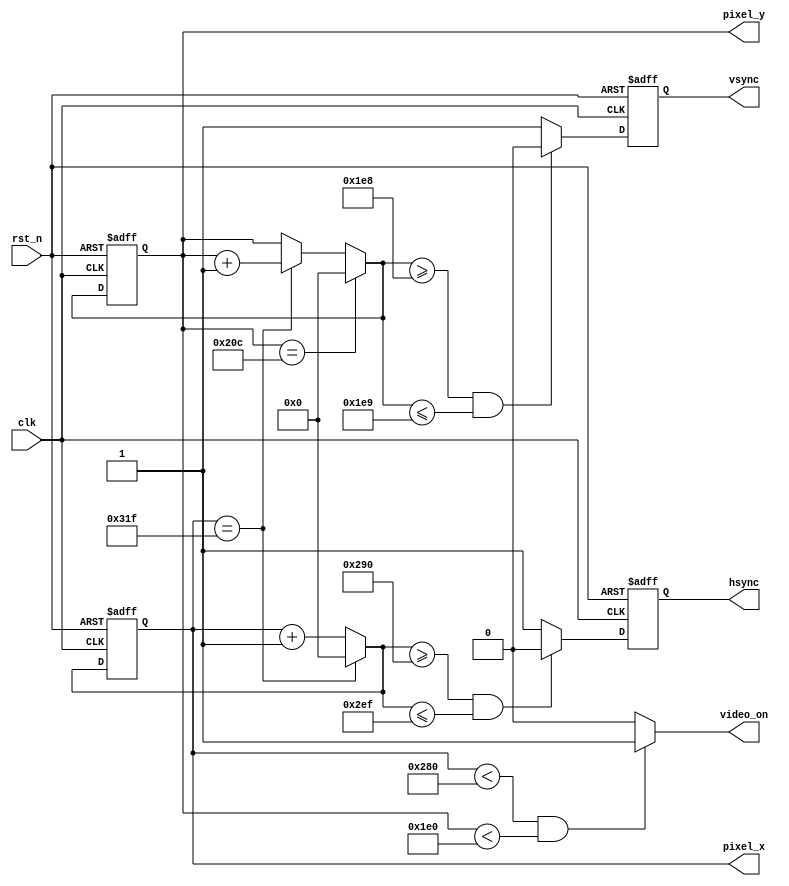
`timescale 1ns / 1ps
//////////////////////////////////////////////////////////////////////////////////
// Company: 
// Engineer: 
// 
// Design Name: 
// Module Name:    vga_core 
// Project Name: 
// Target Devices: 
// Tool versions: 
// Description: 
//
// Dependencies: 
//
// Revision: 
// Revision 0.01 - File Created
// Additional Comments: 
//
//////////////////////////////////////////////////////////////////////////////////
`timescale 1ns / 1ps

module vga_core(
	input clk,rst_n, //clock must be 25MHz for 640x480 
	output hsync,vsync,
	output reg video_on,
	output[11:0] pixel_x,pixel_y
    );		//650x480 parameters
	 localparam HD=640, //Horizontal Display
					HR=16, //Right Border
					HRet=96, //Horizontal Retrace
					HL=48, //Left Border
					
					VD=480, //Vertical Display
					VB=8, //Bottom Border
					VRet=2, //Vertical Retrace
					VT=35; //Top Border
	reg[11:0] vctr_q=0,vctr_d; //counter for vertical scan..........vctr_q seta od 0 do 537
	reg[11:0] hctr_q=0,hctr_d; //counter for vertical scan
	reg hsync_q=0,hsync_d;
	reg vsync_q=0,vsync_d;
	//vctr and hctr register operation
	always @(posedge clk,negedge rst_n) begin
		if(!rst_n) begin
			vctr_q<=0;
			hctr_q<=0;
			vsync_q<=0;
			hsync_q<=0;
		end
		else begin
			vctr_q<=vctr_d;
			hctr_q<=hctr_d;
			vsync_q<=vsync_d;
			hsync_q<=hsync_d;
		end
	end
	
	always @* begin
		vctr_d=vctr_q;
		hctr_d=hctr_q;
		video_on=0;
		hsync_d=1; 
		vsync_d=1; 
		
		if(hctr_q==HD+HR+HRet+HL-1) hctr_d=0; //horizontal counter
		else hctr_d=hctr_q+1'b1;
		
		if(vctr_q==VD+VB+VRet+VT-1) vctr_d=0; //vertical counter
		else if(hctr_q==HD+HR+HRet+HL-1) vctr_d=vctr_q+1'b1;
		
		if(hctr_q<HD && vctr_q<VD) video_on=1; //video_on 
		
		if( (hctr_d>=HD+HR) && (hctr_d<=HD+HR+HRet-1) ) hsync_d=0; //horizontal sync 
		if( (vctr_d>=VD+VB) && (vctr_d<=VD+VB+VRet-1) ) vsync_d=0; //vertical sync
				
	end
		assign vsync=vsync_q;
		assign hsync=hsync_q;
		assign pixel_x=hctr_q;
		assign pixel_y=vctr_q;

endmodule